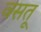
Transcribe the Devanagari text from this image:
वसतू